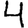
Digit: 4